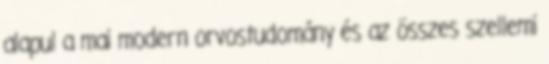
alapul a mai modern orvostudomány és az összes szellemi